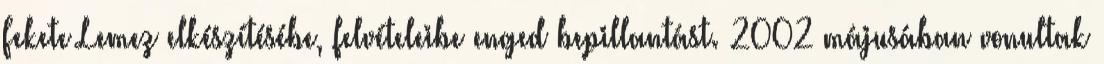
Fekete Lemez elkészítésébe, felvételeibe enged bepillantást. 2002 májusában vonultak